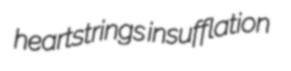
heartstrings insufflation